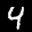
Label: 4